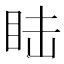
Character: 𥅅